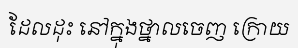
ដែលដុះ នៅក្នុងថ្នាលចេញ ក្រោយ